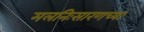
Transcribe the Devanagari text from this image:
मलनिःसारणच्या